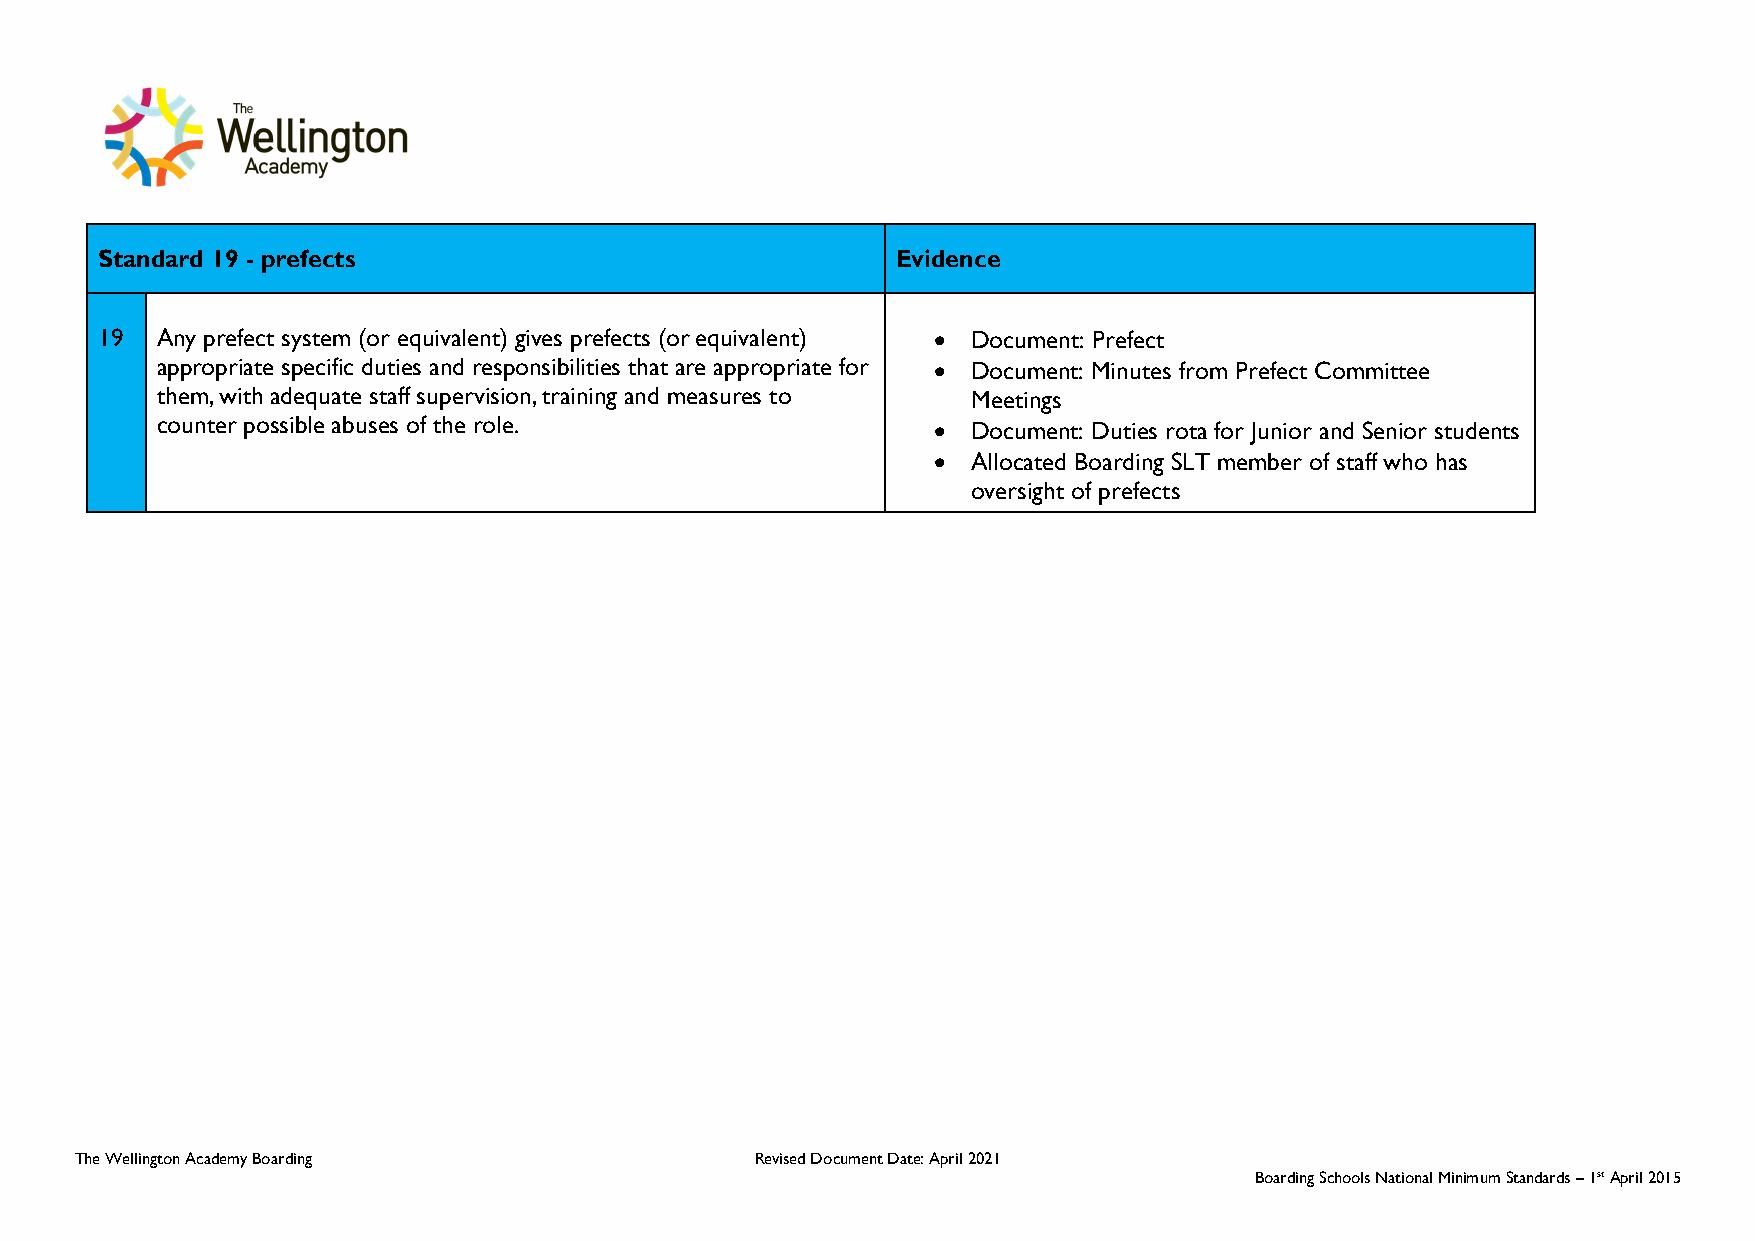
Standard 19 - prefects                               Evidence
 19  Any prefect system (or equivalent) gives prefects (or equivalent) • Document: Prefect
 appropriate specific duties and responsibilities that are appropriate for • Document: Minutes from Prefect Committee
 them, with adequate staff supervision, training and measures to Meetings
 counter possible abuses of the role.                • Document: Duties rota for Junior and Senior students
 • Allocated Boarding SLT member of staff who has
 oversight of prefects
 The Wellington Academy Boarding              Revised Document Date: April 2021
 Boarding Schools National Minimum Standards – 1st April 2015